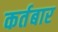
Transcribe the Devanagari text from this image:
कर्तबार